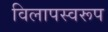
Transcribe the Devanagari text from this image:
विलापस्वरूप